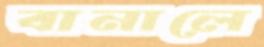
বানালে